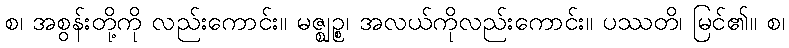
စ၊ အစွန်းတို့ကို လည်းကောင်း။ မဇ္ဈဉ္စ၊ အလယ်ကိုလည်းကောင်း။ ပဿတိ၊ မြင်၏။ စ၊